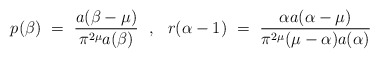
\begin{align*}p(\beta) ~=~ \frac{a(\beta-\mu)}{\pi^{2\mu}a(\beta)} ~~,~~r(\alpha-1) ~=~ \frac{\alpha a(\alpha-\mu)}{\pi^{2\mu}(\mu-\alpha)a(\alpha)}\end{align*}